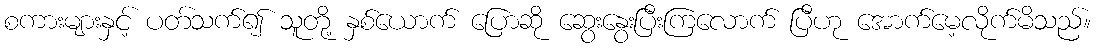
စကားများနှင့် ပတ်သက်၍ သူတို့ နှစ်ယောက် ပြောဆို ဆွေးနွေးပြီးကြလောက် ပြီဟု အောက်မေ့လိုက်မိသည်။